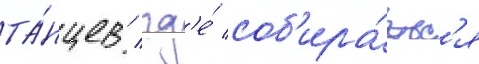
та́нцев / гд'е́ соб'ира́етс'я